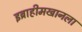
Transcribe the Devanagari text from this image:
इब्राहीमखानला